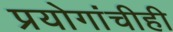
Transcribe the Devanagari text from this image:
प्रयोगांचीही